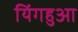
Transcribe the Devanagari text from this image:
यिंगहुआ